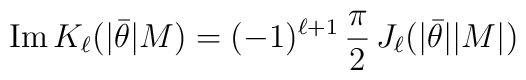
{\rm Im}\, K_{\ell} (|\bar{\theta}|M) = (-1)^{\ell+1}\,{\pi\over 2}\,J_{\ell} (|\bar{\theta}||M|)